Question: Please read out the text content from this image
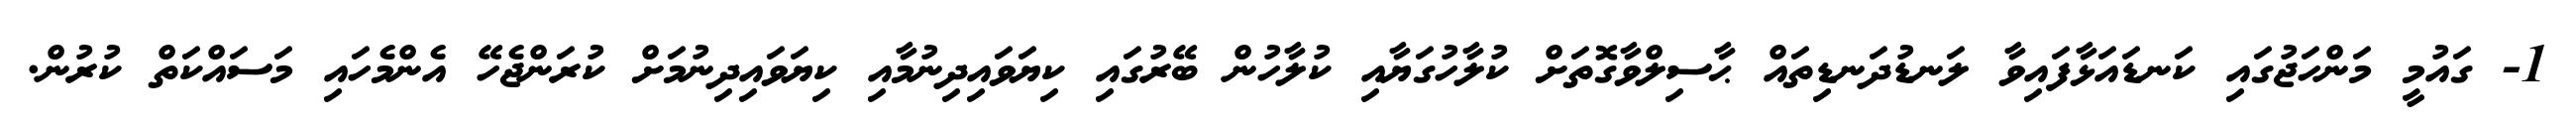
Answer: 1- ގައުމީ މަންހަޖުގައި ކަނޑައަޅާފައިވާ ލަނޑުދަނޑިތައް ޙާސިލްވާގޮތަށް ކުލާހުގަޔާއި ކުލާހުން ބޭރުގައި ކިޔަވައިދިނުމާއި ކިޔަވައިދިނުމަށް ކުރަންޖެހޭ އެންމެހައި މަސައްކަތް ކުރުން.